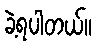
ခဲ့ရပါတယ်။